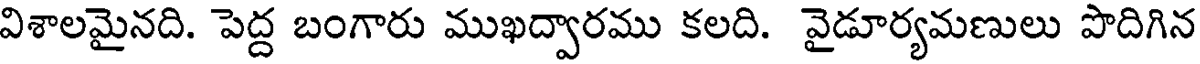
విశాలమైనది. పెద్ద బంగారు ముఖద్వారము కలది. వైడూర్యమణులు పొదిగిన